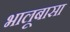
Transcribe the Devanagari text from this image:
भालूबासा